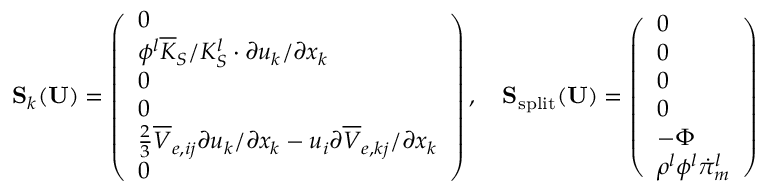
\mathbf { S } _ { k } ( \mathbf { U } ) = \left( \begin{array} { l } { 0 } \\ { \phi ^ { l } \overline { { K } } _ { S } / K _ { S } ^ { l } \cdot \partial u _ { k } / \partial x _ { k } } \\ { 0 } \\ { 0 } \\ { \frac { 2 } { 3 } \overline { { V } } _ { e , i j } \partial u _ { k } / \partial x _ { k } - u _ { i } \partial \overline { { V } } _ { e , k j } / \partial x _ { k } } \\ { 0 } \end{array} \right) , \quad \mathbf { S } _ { \mathrm { s p l i t } } ( \mathbf { U } ) = \left( \begin{array} { l } { 0 } \\ { 0 } \\ { 0 } \\ { 0 } \\ { - \boldsymbol \Phi } \\ { \rho ^ { l } \phi ^ { l } \dot { \pi } _ { m } ^ { l } } \end{array} \right)